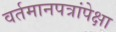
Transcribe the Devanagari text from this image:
वर्तमानपत्रांपेक्षा